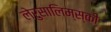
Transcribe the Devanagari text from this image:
लेरुसालिम्स्की